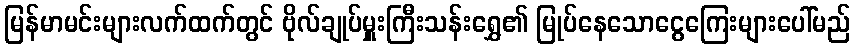
မြန်မာမင်းများလက်ထက်တွင် ဗိုလ်ချုပ်မှူးကြီးသန်းရွှေ၏ မြုပ်နေသောငွေကြေးများပေါ်မည်